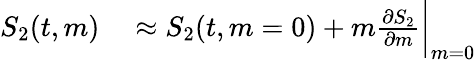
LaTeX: \begin{array}{rl}{S_{2}(t,m)}&{{}\approx S_{2}(t,m=0)+m\frac{\partial S_{2}}{\partial m}\bigg|_{m=0}}\end{array}